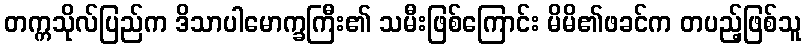
တက္ကသိုလ်ပြည်က ဒိသာပါမောက္ခကြီး၏ သမီးဖြစ်ကြောင်း မိမိ၏ဖခင်က တပည့်ဖြစ်သူ